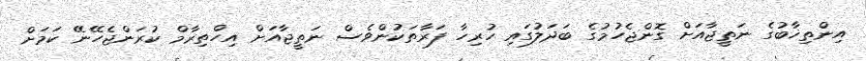
އިންތިޚާބުގެ ނަތީޖާއަށް ގޮންޖެހުމުގެ ބަދަލުގައި ހުރިހާ ފަރާތަކުންވެސް ނަތީޖާއަށް އިހްތިރާމް ކުރަންޖެހޭނޭ ކަމަށް